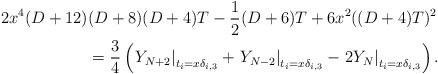
LaTeX: \begin{align*}2x^4(D+12) & (D+8)(D+4)T - \frac{1}{2}(D+6)T + 6x^2((D+4)T)^2 \\ &= \frac{3}{4} \left( \left. Y_{N+2} \right|_{t_i = x\delta_{i,3}} + \left. Y_{N-2} \right|_{t_i = x\delta_{i,3}} - \left. 2Y_{N} \right|_{t_i = x\delta_{i,3}} \right).\end{align*}